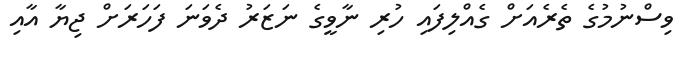
ވިސްނުމުގެ ތެރެއަށް ގެއްލިފައި ހުރި ނާވީގެ ނަޒަރު ދެވަނަ ފަހަރަށް ޖިޔާ އާއި